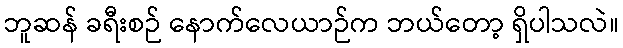
ဘူဆန် ခရီးစဉ် နောက်လေယာဉ်က ဘယ်တော့ ရှိပါသလဲ။